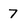
Character: 7